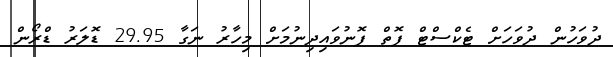
ދުވަހުން ދުވަހަށް ޓެކްސްޓް ފޮތް ފޮނުވައިދިނުމަށް މިހާރު ނަގާ 29.95 ޑޮލަރު ޑްރޯން